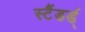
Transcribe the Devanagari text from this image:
स्टैंडर्ड्